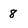
Character: 8